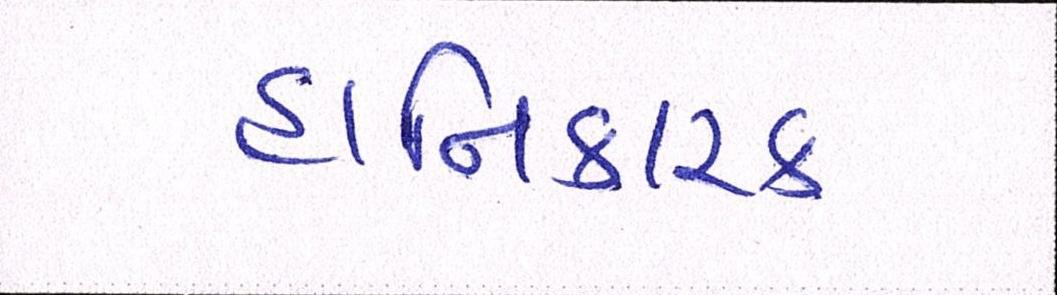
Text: હાનિકારક